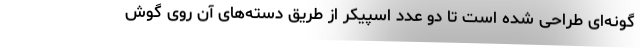
گونه‌ای طراحی شده است تا دو عدد اسپیکر از طریق دسته‌های آن روی گوش